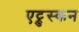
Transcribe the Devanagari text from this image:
एट्रुस्कन